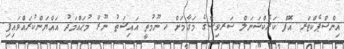
އިންސްޕެކްޓަރ އޮފް ކަރެކްޝަނަލް ސަރވިސްގެ މަޤާމަށް ހ.ނޫމުތީ އައިޝަތު ނޫރާ މުޙައްމަދު އައްޔަންކުރައްވައިފި.